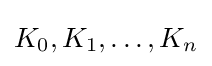
K_{0},K_{1},\ldots ,K_{n}